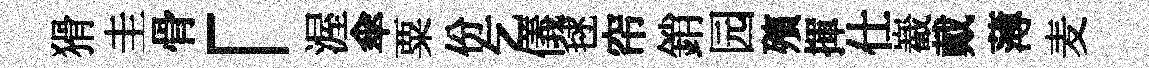
猾圭骨「渥傘粟份乞儀毬帘銷园殯揮仕嶻戴薄麦